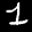
Label: 1